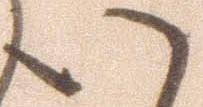
い